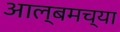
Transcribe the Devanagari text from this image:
आल्बमच्या